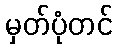
မှတ်ပုံတင်